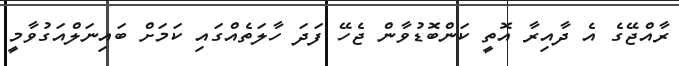
ރާއްޖޭގެ އެ ދާއިރާ އޮތީ ކަންބޮޑުވާން ޖެހޭ ފަދަ ހާލަތެއްގައި ކަމަށް ބައިނަލްއަގުވާމީ